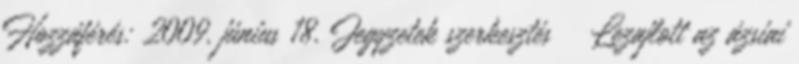
Hozzáférés: 2009. június 18. Jegyzetek szerkesztés ↑ Lezajlott az ázsiai